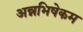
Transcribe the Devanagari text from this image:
अन्नभिषेकम